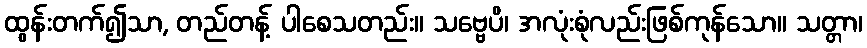
ထွန်းတက်၍သာ, တည်တန့် ပါစေသတည်း။ သဗ္ဗေပိ၊ အလုံးစုံလည်းဖြစ်ကုန်သော။ သတ္တာ၊